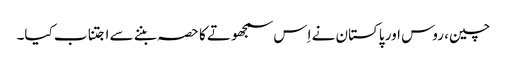
چین، روس اور پاکستان نے اِس سمجھوتے کا حصہ بننے سے اجتناب کیا۔